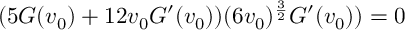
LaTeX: ( 5 G ( v _ { 0 } ) + 1 2 v _ { 0 } G ^ { \prime } ( v _ { 0 } ) ) ( 6 v _ { 0 } ) ^ { \frac { 3 } { 2 } } G ^ { \prime } ( v _ { 0 } ) ) = 0